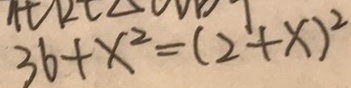
3 6 + x ^ { 2 } = ( 2 + x ) ^ { 2 }